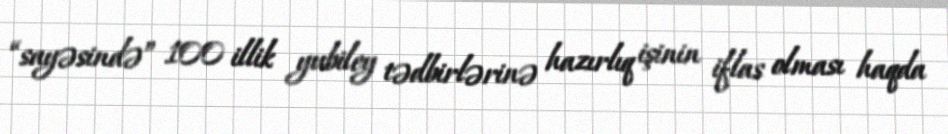
“sayəsində” 100 illik yubiley tədbirlərinə hazırlıq işinin iflas olması haqda